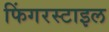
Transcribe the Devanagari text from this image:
फिंगरस्टाइल